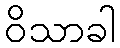
ဝိသာခါ